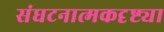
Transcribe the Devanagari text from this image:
संघटनात्मकदृष्ट्या